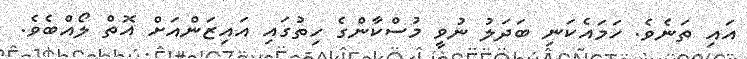
އައި ތަނެވެ. ހަމައެކަނި ބަދަލު ނުވީ މުސްކާންގެ ހިތުގައި އައިޒަންއަށް އޮތް ލޯއްބެވެ.